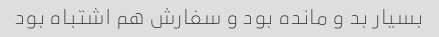
بسیار بد و مانده بود و سفارش هم اشتباه بود